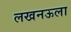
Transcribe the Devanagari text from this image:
लखनऊला